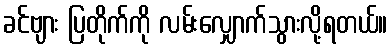
ခင်ဗျား ပြတိုက်ကို လမ်းလျှောက်သွားလို့ရတယ်။